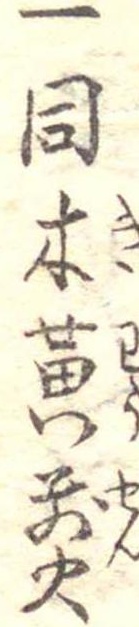
一同木黄煎